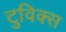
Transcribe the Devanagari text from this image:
टुविक्स